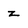
Character: z